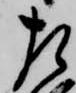
左